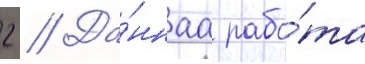
2 // Да́ннаа рабо́та